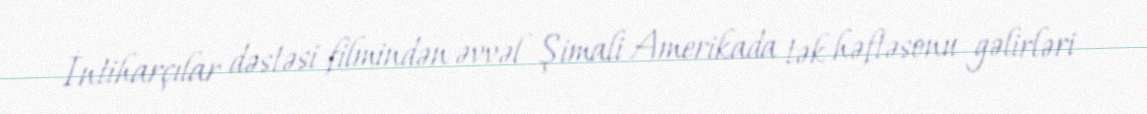
İntiharçılar dəstəsi filmindən əvvəl Şimali Amerikada tək həftəsonu gəlirləri